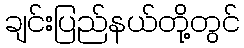
ချင်းပြည်နယ်တို့တွင်